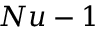
N u - 1